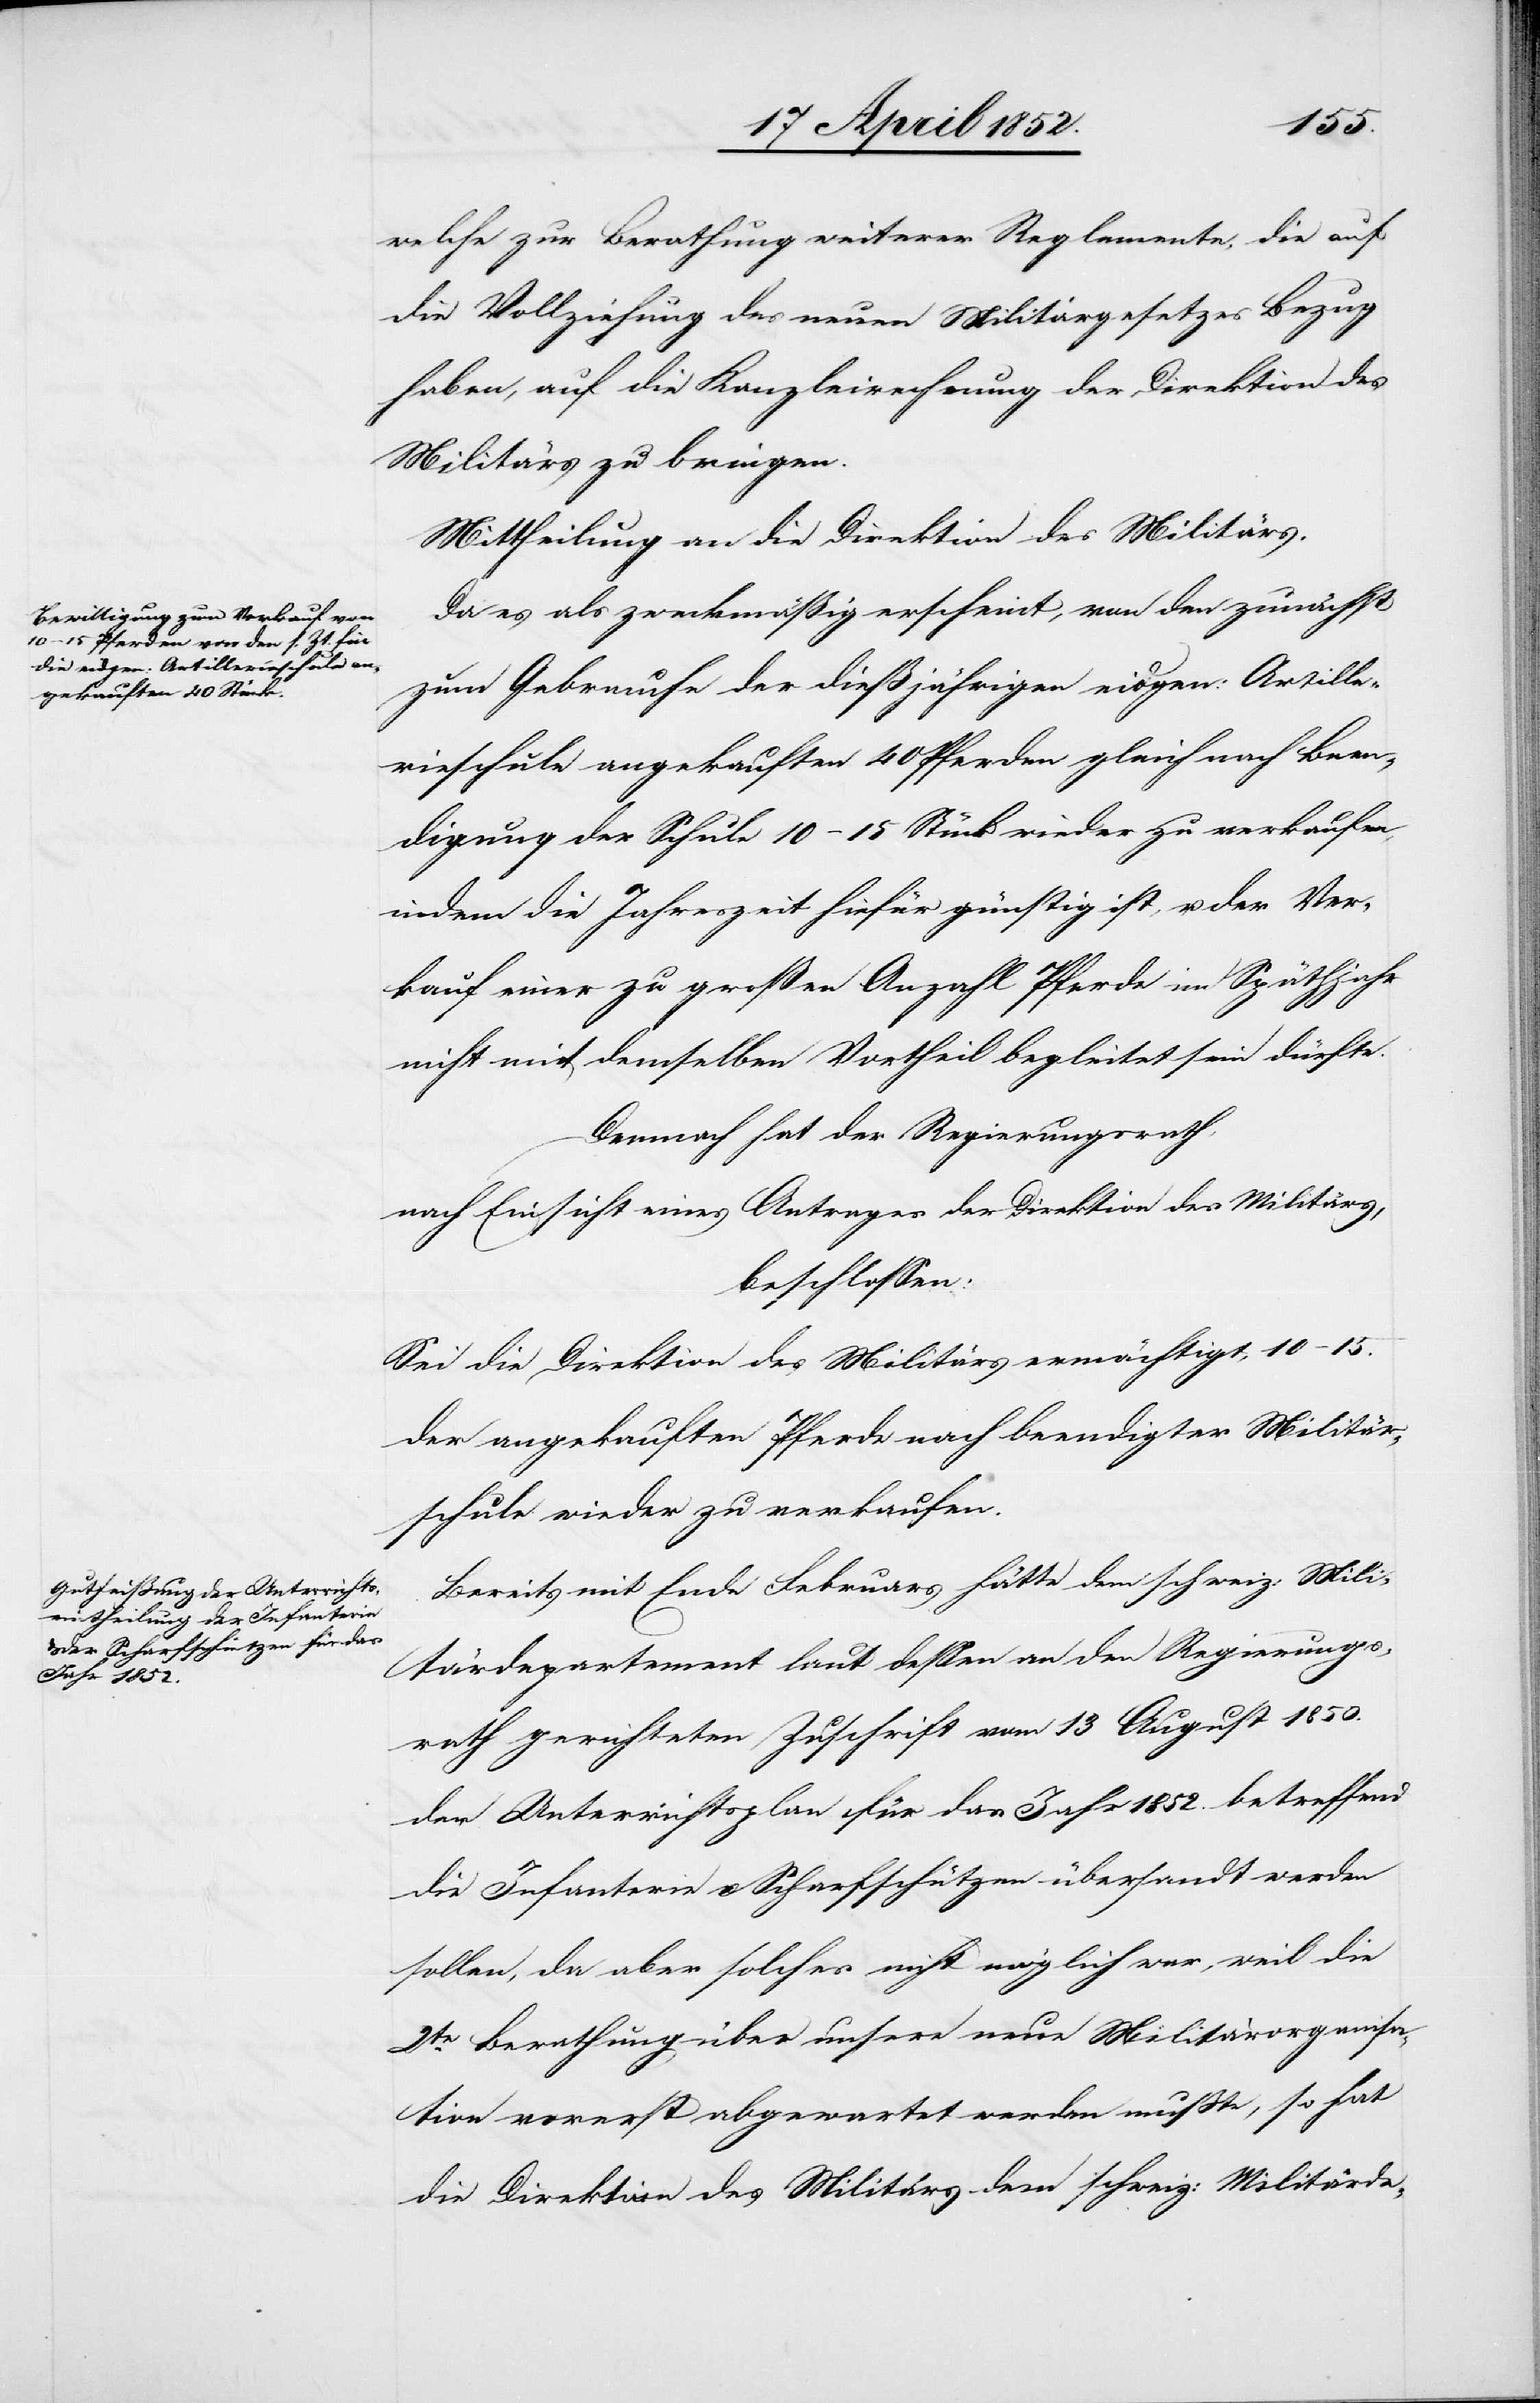
welche zur Berathung weiterer Reglemente, die auf
die Vollziehung des neuen Militärgesetzes Bezug
haben, auf die Kanzleirechnung der Direktion des
Militärs zu bringen.
Mittheilung an die Direktion des Militärs.
Da es als zweckmäßig erscheint, von den zunächst
zum Gebrauche der dießjährigen eidgen: Artille¬
rieschule angekauften 40 Pferden gleich nach Been¬
digung der Schule 10–15 Stück wieder zu verkaufen,
indem die Jahreszeit hiefür günstig ist, u. der Ver¬
kauf einer zu großen Anzahl Pferde im Späthjahr
nicht mit demselben Vortheil begleitet sein dürfte.
Demnach hat der Regierungsrath,
nach Einsicht eines Antrages der Direktion des Militärs,
beschlossen:
Sei die Direktion des Militärs ermächtigt, 10–15.
der angekauften Pferde nach beendigter Militär¬
schule wieder zu verkaufen.
Bereits mit Ende Februars hätte dem schweiz: Mili¬
tärdepartement laut dessen an den Regierungs¬
rath gerichteten Zuschrift vom 13 August 1850.
der Unterrichtsplan für das Jahr 1852. betreffend
die Infanterie u. Scharfschützen übersandt werden
sollen, da aber solches nicht möglich war, weil die
2te. Berathung über unsere neue Militärorganisa¬
tion vorerst abgewartet werden musste, so hat
die Direktion des Militärs dem schweiz: Militärde-